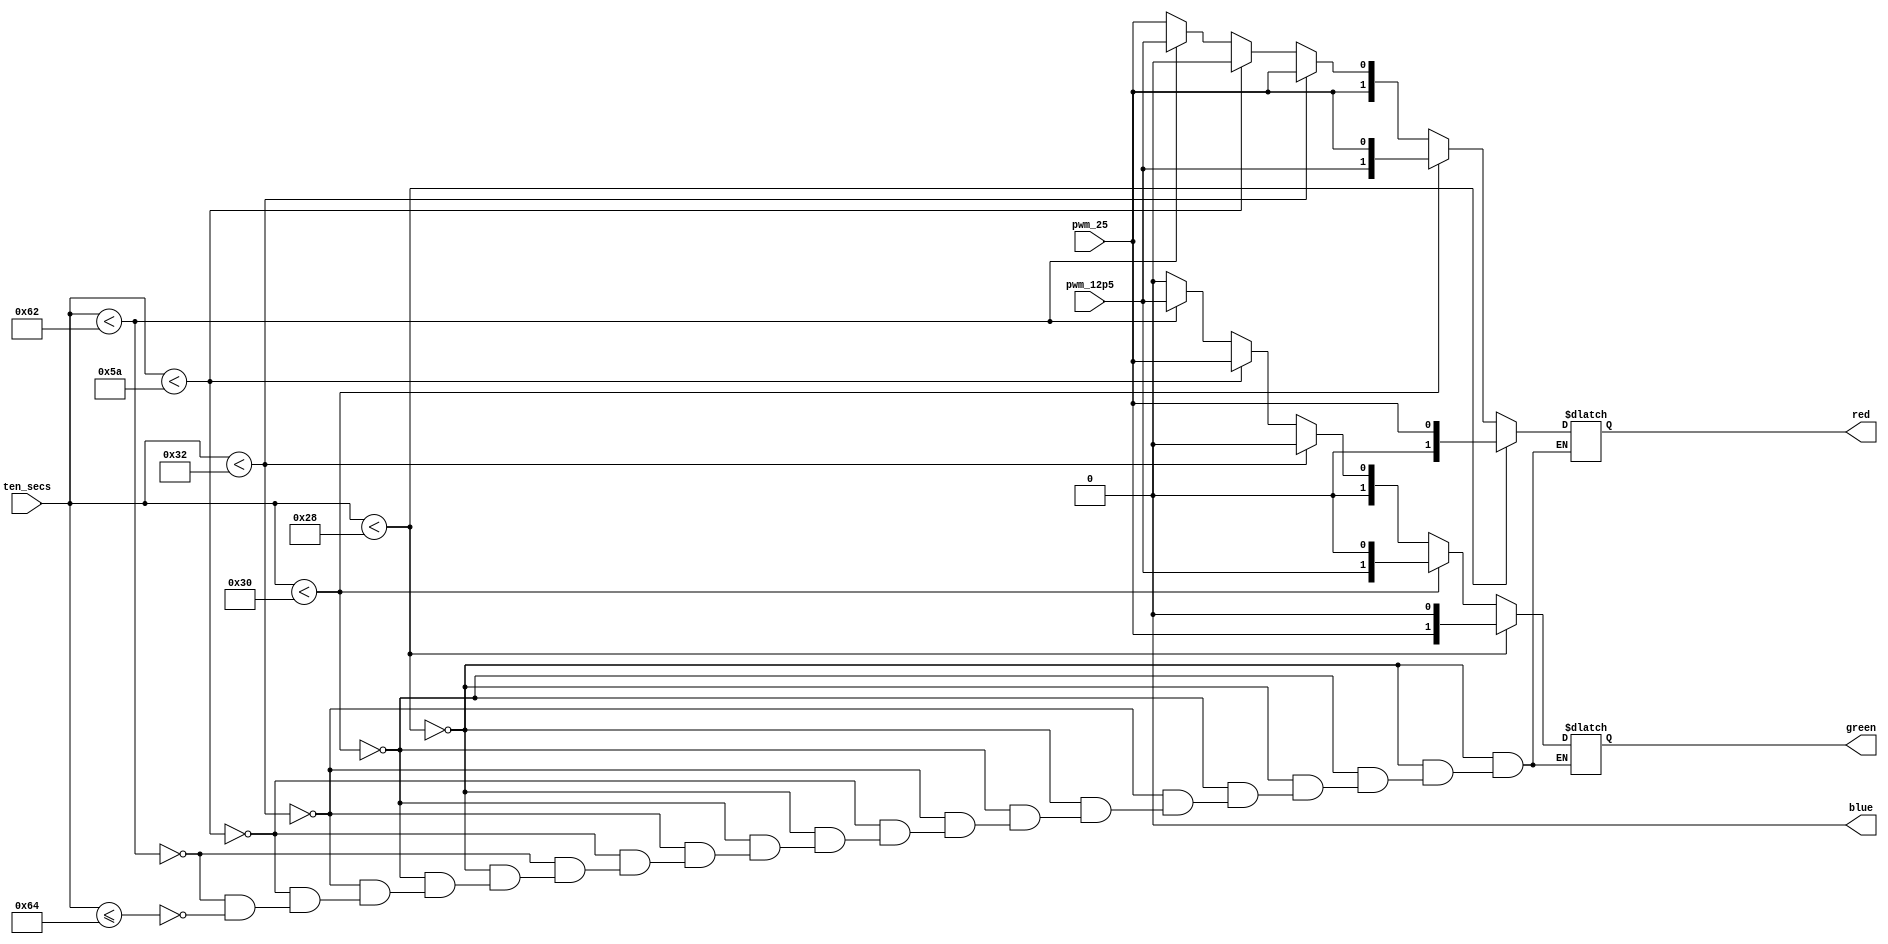
`timescale 1ns / 1ps
//////////////////////////////////////////////////////////////////////////////////
// Company: 
// Engineer: 
// 
// Design Name: 
// Module Name: led_control
// Project Name: 
// Target Devices: 
// Tool Versions: 
// Description: 
// 
// Dependencies: 
// 
// Revision:
// Revision 0.01 - File Created
// Additional Comments:
// 
//////////////////////////////////////////////////////////////////////////////////


module led_control(

    input [6:0]ten_secs,
    input pwm_12p5,
    input pwm_25,
    output reg[1:0] green,
    output reg[1:0] red,
    output blue

    );
    
    assign blue = 0;
    
    always @(ten_secs) begin
    
        // 1st bit = left led, 0th bit = right led
    
        if (ten_secs < 40) begin
        
            green = {pwm_25, 1'b0};
            red = {1'b0, pwm_25};
        
        end
        
        else if (ten_secs < 48) begin
        
            green = {pwm_12p5, 1'b0};
            red = {pwm_12p5, pwm_25};
        
        end 
        
        else if (ten_secs < 50) begin
        
            green = {1'b0, 1'b0};
            red = {pwm_25, pwm_25};
        
        end
        
        else if (ten_secs < 90) begin
        
            green = {1'b0, pwm_25};
            red = {pwm_25, 1'b0};
        
        end
        
        else if (ten_secs < 98) begin
        
            green = {1'b0, pwm_12p5};
            red = {pwm_25, pwm_12p5};
        
        end
        
        else if (ten_secs <= 100) begin
        
            green = {1'b0, 1'b0};
            red = {pwm_25, pwm_25};
        
        end
    
    end
    
endmodule